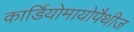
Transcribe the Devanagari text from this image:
कार्डियोमायोपैथीज